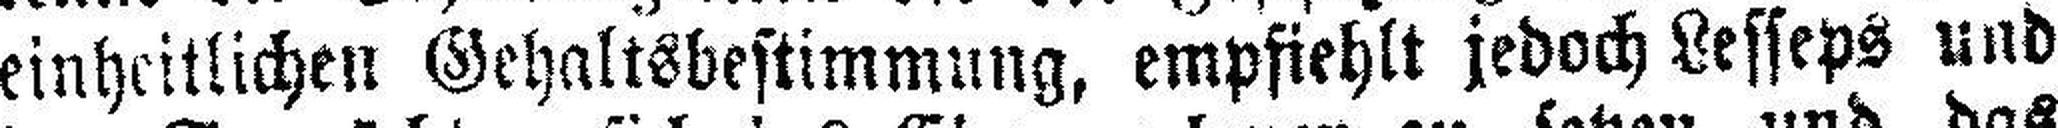
einheitlichen Gehaltsbestimmung, empfiehlt jedoch Lesseps und